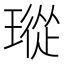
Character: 瑽